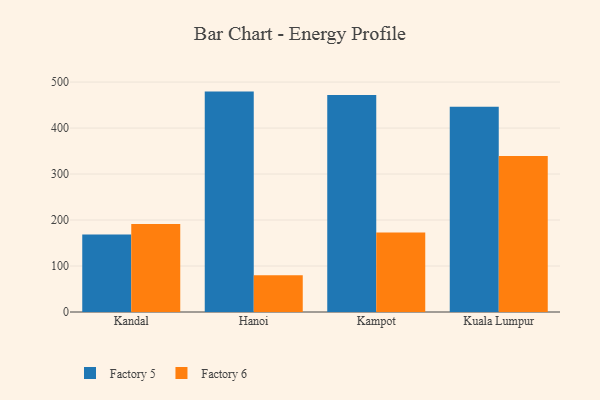
{"axis": {"x": "City", "y": "Temperature (°C)"}, "legend": ["Factory 5", "Factory 6"], "data": [{"x": "Kandal", "y": 168.7, "type": "Factory 5"}, {"x": "Kandal", "y": 191.6, "type": "Factory 6"}, {"x": "Hanoi", "y": 479.3, "type": "Factory 5"}, {"x": "Hanoi", "y": 80.0, "type": "Factory 6"}, {"x": "Kampot", "y": 471.9, "type": "Factory 5"}, {"x": "Kampot", "y": 173.1, "type": "Factory 6"}, {"x": "Kuala Lumpur", "y": 446.3, "type": "Factory 5"}, {"x": "Kuala Lumpur", "y": 339.5, "type": "Factory 6"}]}